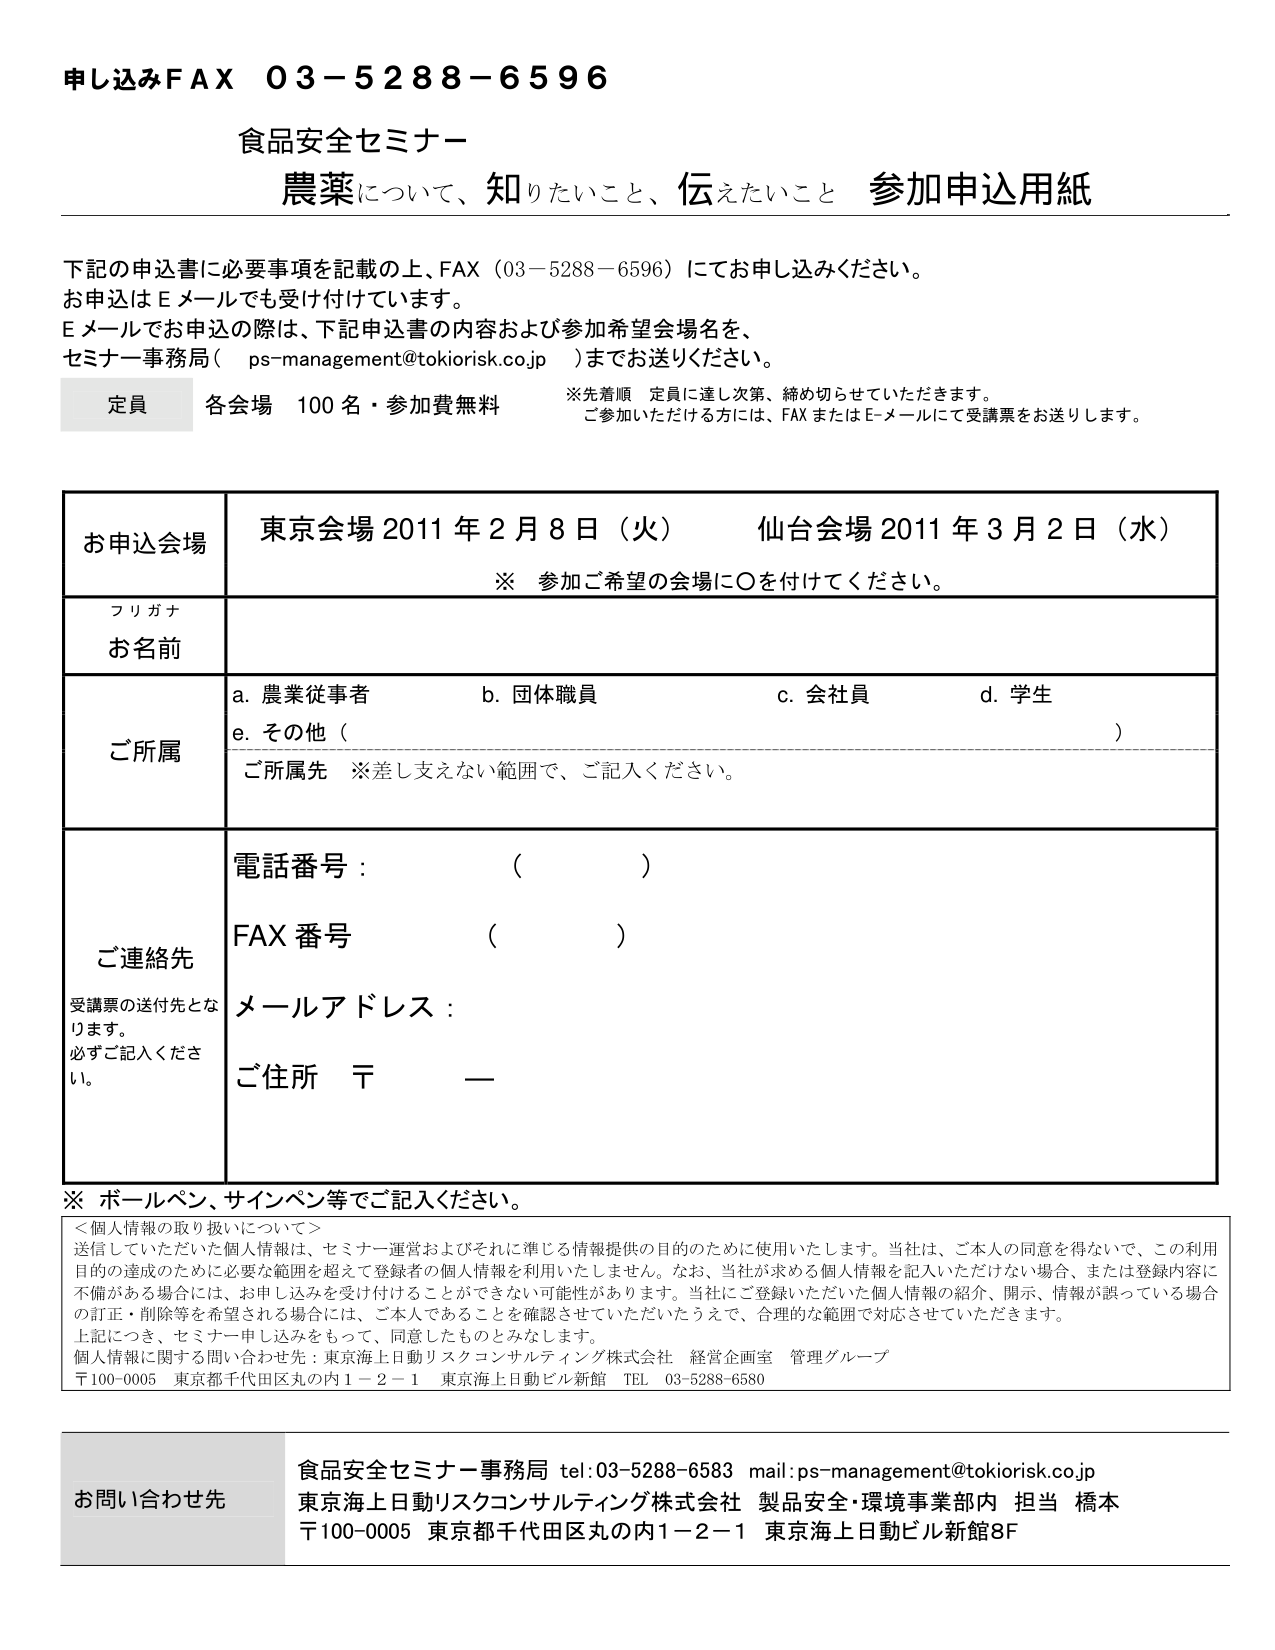
申し込みFAX 03-5288-6596
食品安全セミナー
農薬について、知りたいこと、伝えたいこと 参加申込用紙

下記の申込書に必要事項を記載の上、FAX（03-5288-6596）にてお申し込みください。
お申込はEメールでも受け付けています。
Eメールでお申込の際は、下記申込書の内容および参加希望会場名を、
セミナー事務局（ps-management@tokiorisk.co.jp）までお送りください。

定員 各会場 100名・参加費無料
※先着順 定員に達し次第、締め切らせていただきます。
ご参加いただける方には、FAXまたはEメールにて受講票をお送りします。

お申込会場 東京会場 2011年2月8日（火） 仙台会場 2011年3月2日（水）
※ 参加ご希望の会場に○を付けてください。

フリガナ
お名前

ご所属
a. 農業従事者
b. 団体職員
c. 会社員
d. 学生
e. その他（ ）
ご所属先 ※差し支えない範囲で、ご記入ください。

ご連絡先
受講票の送付先となります。
必ずご記入ください。
電話番号：（ ）
FAX番号（ ）
メールアドレス：
ご住所 〒 —

※ ボールペン、サインペン等でご記入ください。

＜個人情報の取り扱いについて＞
送信していただいた個人情報は、セミナー運営およびそれに準じる情報提供の目的のために使用いたします。当社は、ご本人の同意を得ないで、この利用目的の達成のために必要な範囲を超えて登録者の個人情報を利用いたしません。なお、当社が求める個人情報を記入いただけない場合、または登録内容に不備がある場合には、お申し込みを受け付けることができない可能性があります。当社にご登録いただいた個人情報の紹介、開示、情報が誤っている場合の訂正・削除等を希望される場合には、ご本人であることを確認させていただきたうえで、合理的な範囲で対応させていただきます。
上記につき、セミナー申し込みをもって、同意したものとみなします。
個人情報に関する問い合わせ先：東京海上日動リスクコンサルティング株式会社 経営企画室 管理グループ
〒100-0005 東京都千代田区丸の内1-2-1 東京海上日動ビル新館 TEL 03-5288-6580

お問い合わせ先
食品安全セミナー事務局 tel:03-5288-6583 mail:ps-management@tokiorisk.co.jp
東京海上日動リスクコンサルティング株式会社 製品安全・環境事業部内 担当 橋本
〒100-0005 東京都千代田区丸の内1-2-1 東京海上日動ビル新館8F